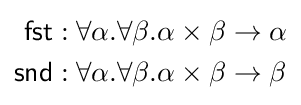
{\begin{aligned}{\mathsf {fst}}&:\forall \alpha .\forall \beta .\alpha \times \beta \to \alpha \\{\mathsf {snd}}&:\forall \alpha .\forall \beta .\alpha \times \beta \to \beta \end{aligned}}